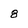
Character: 8